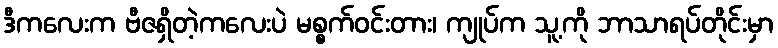
ဒီကလေးက ဗီဇရှိတဲ့ကလေးပဲ မစ္စက်ဝင်းတား၊ ကျုပ်က သူ့ကို ဘာသာရပ်တိုင်းမှာ